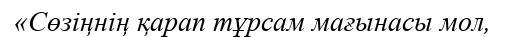
«Сөзіңнің қарап тұрсам мағынасы мол,